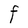
Character: F